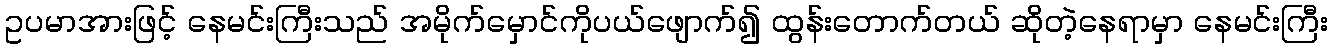
ဥပမာအားဖြင့် နေမင်းကြီးသည် အမိုက်မှောင်ကိုပယ်ဖျောက်၍ ထွန်းတောက်တယ် ဆိုတဲ့နေရာမှာ နေမင်းကြီး